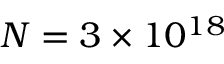
N = 3 \times 1 0 ^ { 1 8 }